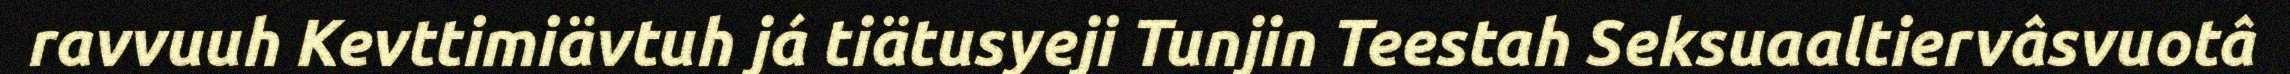
ravvuuh Kevttimiävtuh já tiätusyeji Tunjin Teestah Seksuaaltiervâsvuotâ